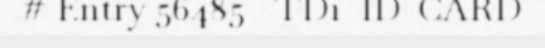
# Entry 56485 - TD1_ID_CARD